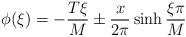
LaTeX: \begin{align*}\phi(\xi) = -\frac{T \xi}{M} \pm \frac{x}{2 \pi} \sinh \frac{\xi \pi}{M}\end{align*}